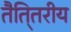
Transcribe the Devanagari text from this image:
तैति्तरीय